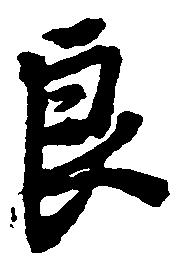
良